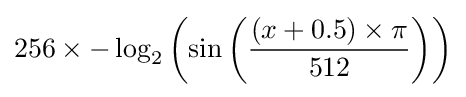
256\times -\log _{2}\left(\sin \left({\frac {(x+0.5)\times \pi }{512}}\right)\right)